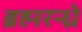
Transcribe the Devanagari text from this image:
ब्रह्मरन्ध्रे